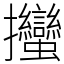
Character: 𢺳